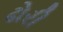
ઢોરી